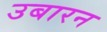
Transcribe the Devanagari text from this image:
उबारन